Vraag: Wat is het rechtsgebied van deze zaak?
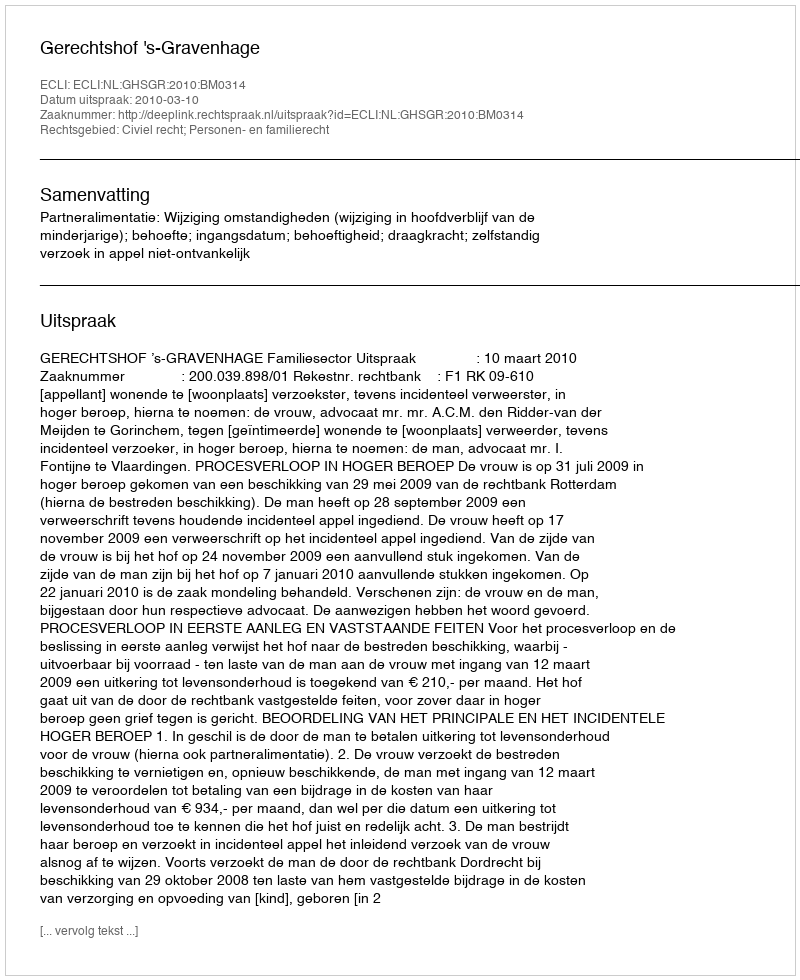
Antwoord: Civiel recht; Personen- en familierecht